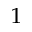
_ 1